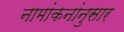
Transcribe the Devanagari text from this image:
नामांकनांनुसार